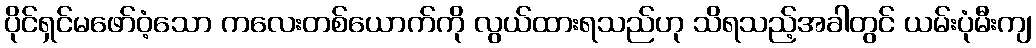
ပိုင်ရှင်မဖော်ဝံ့သော ကလေးတစ်ယောက်ကို လွယ်ထားရသည်ဟု သိရသည့်အခါတွင် ယမ်းပုံမီးကျ